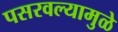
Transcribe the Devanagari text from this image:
पसरवल्यामुळे